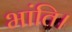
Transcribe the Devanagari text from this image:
भांति।